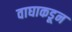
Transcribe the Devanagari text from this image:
वाघाकडून